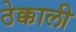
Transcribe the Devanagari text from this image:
ठेक्काली